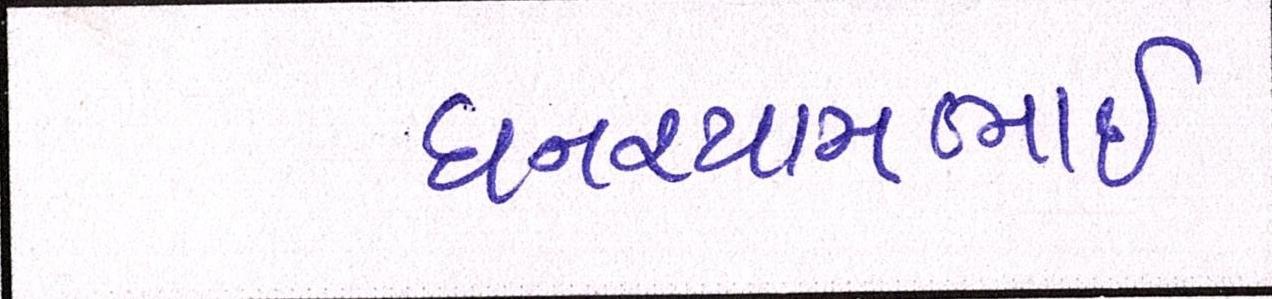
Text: ઘનશ્યામભાઈ